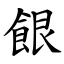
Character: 䬶